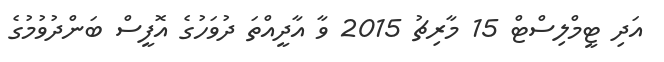
އަދި ޓީމްލިސްޓް 15 މާރިޗު 2015 ވާ އާދީއްތަ ދުވަހުގެ އޮފީސް ބަންދުވުމުގެ